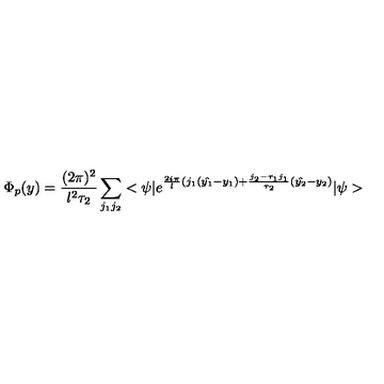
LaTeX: \Phi _ { p } ( y ) = \frac { ( 2 \pi ) ^ { 2 } } { l ^ { 2 } \tau _ { 2 } } \sum _ { j _ { 1 } j _ { 2 } } < \psi | e ^ { \frac { 2 i \pi } { l } ( j _ { 1 } ( \hat { y _ { 1 } } - y _ { 1 } ) + \frac { j _ { 2 } - \tau _ { 1 } j _ { 1 } } { \tau _ { 2 } } ( \hat { y _ { 2 } } - y _ { 2 } ) } | \psi >